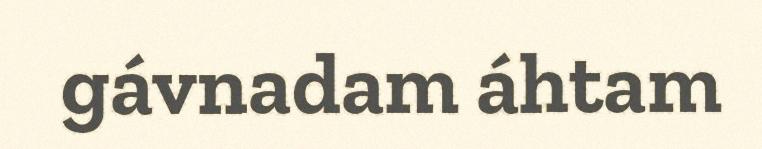
gávnadam áhtam